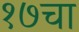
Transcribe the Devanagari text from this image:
१७चा